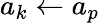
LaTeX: a_{k}\leftarrow a_{p}